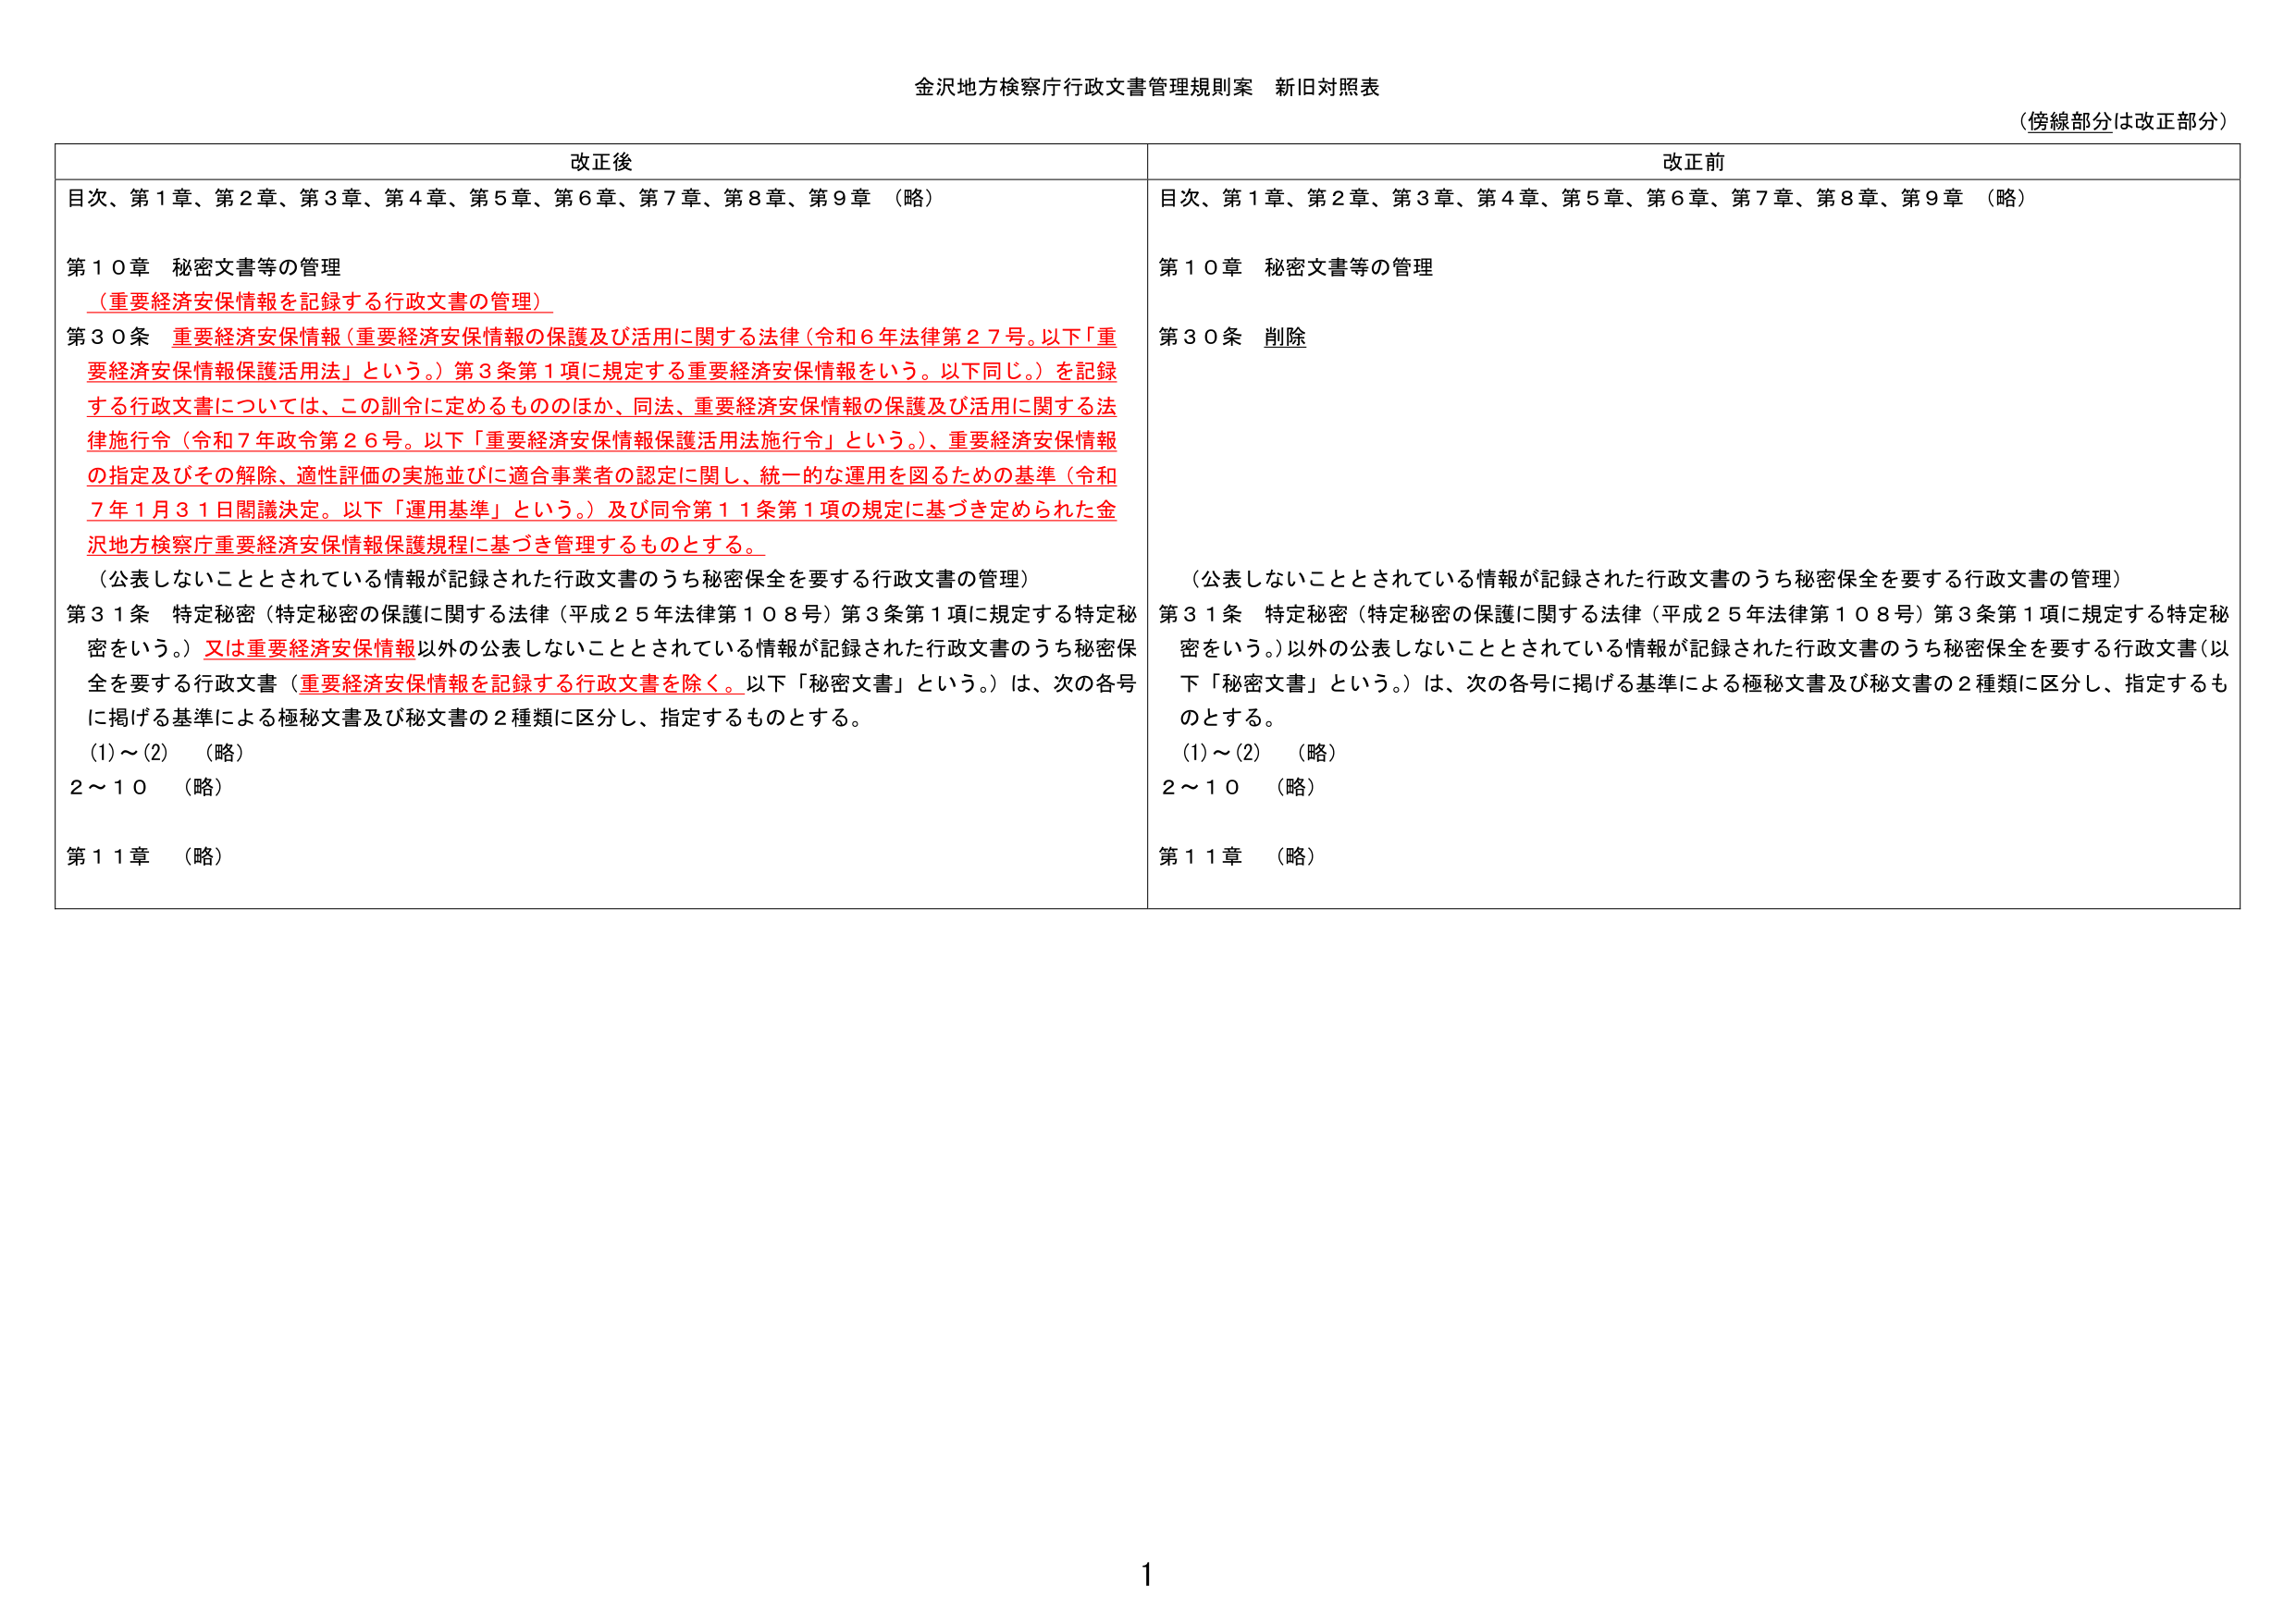
金沢地方検察庁行政文書管理規則案 新旧対照表
（傍線部分は改正部分）

改正後
目次、第１章、第２章、第３章、第４章、第５章、第６章、第７章、第８章、第９章 （略）
第１０章 秘密文書等の管理
（重要経済安保情報を記録する行政文書の管理）
第３０条 重要経済安保情報（重要経済安保情報の保護及び活用に関する法律（令和６年法律第２７号。以下「重要経済安保情報保護活用法」という。）第３条第１項に規定する重要経済安保情報をいう。以下同じ。）を記録する行政文書については、この訓令に定めるもののほか、同法、重要経済安保情報の保護及び活用に関する法律施行令（令和７年政令第２６号。以下「重要経済安保情報保護活用法施行令」という。）、重要経済安保情報の指定及びその解除、適性評価の実施並びに適合事業者の認定に関し、統一的な運用を図るための基準（令和７年１月３１日閣議決定。以下「運用基準」という。）及び同令第１１条第１項の規定に基づき定められた金沢地方検察庁重要経済安保情報保護規程に基づき管理するものとする。
（公表しないこととされている情報が記録された行政文書のうち秘密保全を要する行政文書の管理）
第３１条 特定秘密（特定秘密の保護に関する法律（平成２５年法律第１０８号）第３条第１項に規定する特定秘密をいう。）又は重要経済安保情報以外の公表しないこととされている情報が記録された行政文書のうち秘密保全を要する行政文書（重要経済安保情報を記録する行政文書を除く。以下「秘密文書」という。）は、次の各号に掲げる基準による極秘文書及び秘文書の２種類に区分し、指定するものとする。
(1)～(2) （略）
２～１０ （略）
第１１章 （略）

改正前
目次、第１章、第２章、第３章、第４章、第５章、第６章、第７章、第８章、第９章 （略）
第１０章 秘密文書等の管理
第３０条 削除
（公表しないこととされている情報が記録された行政文書のうち秘密保全を要する行政文書の管理）
第３１条 特定秘密（特定秘密の保護に関する法律（平成２５年法律第１０８号）第３条第１項に規定する特定秘密をいう。）以外の公表しないこととされている情報が記録された行政文書のうち秘密保全を要する行政文書（以下「秘密文書」という。）は、次の各号に掲げる基準による極秘文書及び秘文書の２種類に区分し、指定するものとする。
(1)～(2) （略）
２～１０ （略）
第１１章 （略）

1